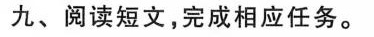
九、阅读短文,完成相应任务.。